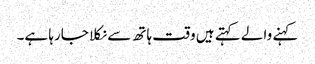
کہنے والے کہتے ہیں وقت ہاتھ سے نکلا جارہا ہے۔